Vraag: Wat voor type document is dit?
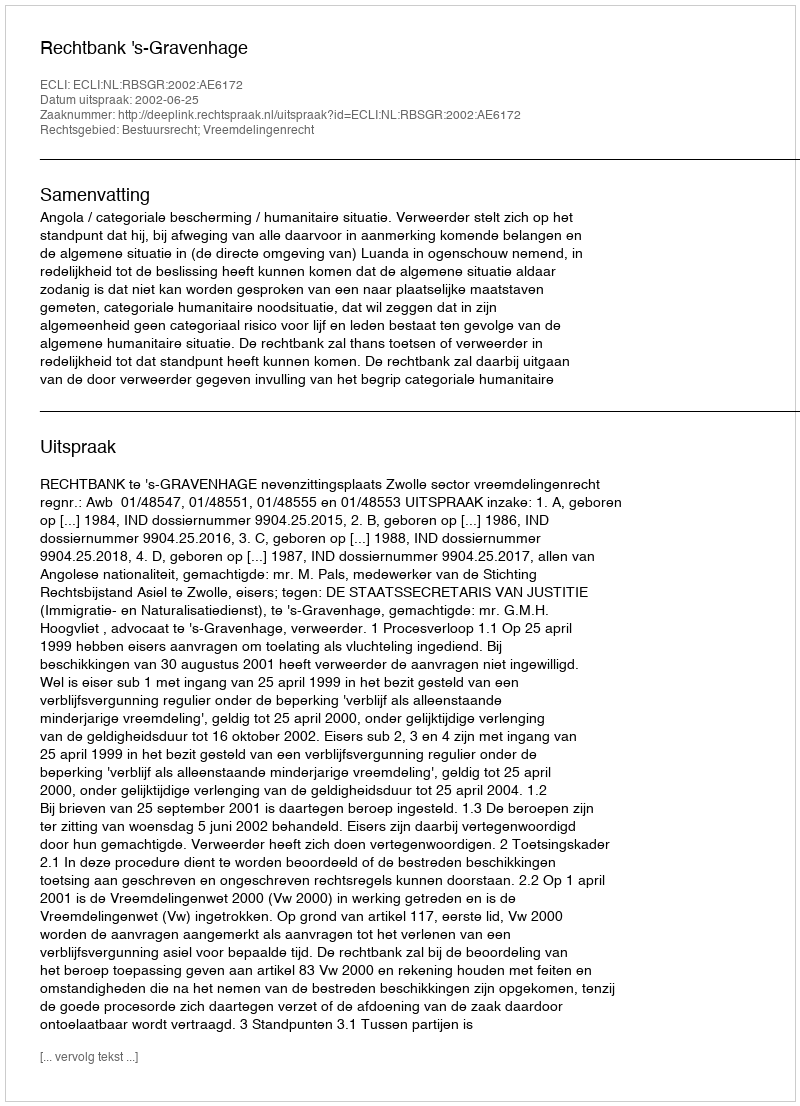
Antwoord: Uitspraak